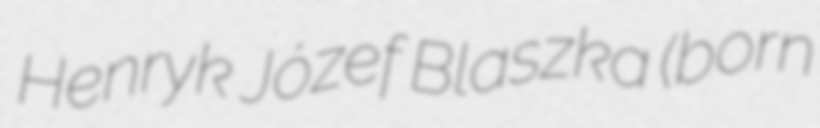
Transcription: Henryk Józef Blaszka (born